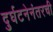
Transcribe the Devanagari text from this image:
दुर्घटनेनंतरची